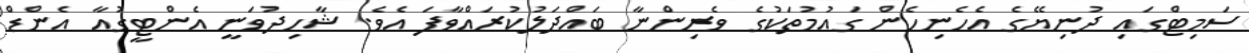
ސަމިޓްގައި ދުނިޔޭގެ އެހެނިހެން ގައުމުތަކުގެ ވެރިންނާ ބައްދަލުކުރައްވާފަ އެވެ. ޝާހިދުވަނީ އެންޓީގުއާ އެންޑް